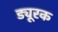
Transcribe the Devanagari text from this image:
ड्यूरक